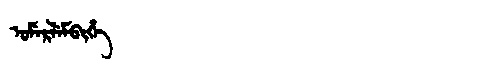
Manchu: ᡠᠮᡝᡵᠯᡝᠮᠪᡳᡥᡝ
Romanization: UMERLEMBIHE